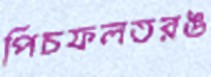
পিচফলতরঙ